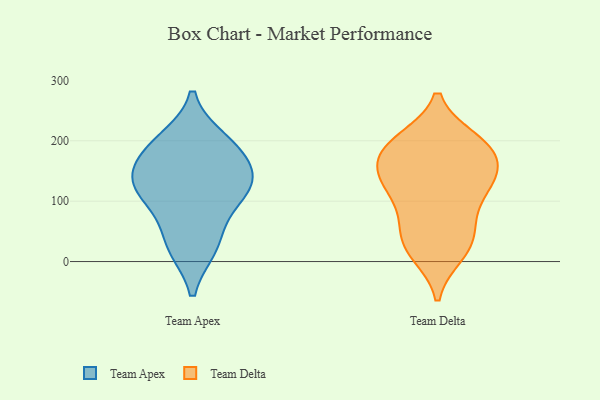
{"axis": {"x": "Website Visitors", "y": "Value"}, "legend": ["Team Apex", "Team Delta"], "data": [{"x": "", "y": 119, "type": "Team Apex"}, {"x": "", "y": 132, "type": "Team Apex"}, {"x": "", "y": 127, "type": "Team Apex"}, {"x": "", "y": 180, "type": "Team Apex"}, {"x": "", "y": 29, "type": "Team Apex"}, {"x": "", "y": 200, "type": "Team Apex"}, {"x": "", "y": 25, "type": "Team Apex"}, {"x": "", "y": 89, "type": "Team Apex"}, {"x": "", "y": 188, "type": "Team Apex"}, {"x": "", "y": 140, "type": "Team Apex"}, {"x": "", "y": 50, "type": "Team Delta"}, {"x": "", "y": 63, "type": "Team Delta"}, {"x": "", "y": 23, "type": "Team Delta"}, {"x": "", "y": 141, "type": "Team Delta"}, {"x": "", "y": 193, "type": "Team Delta"}, {"x": "", "y": 191, "type": "Team Delta"}, {"x": "", "y": 136, "type": "Team Delta"}, {"x": "", "y": 194, "type": "Team Delta"}, {"x": "", "y": 182, "type": "Team Delta"}, {"x": "", "y": 127, "type": "Team Delta"}, {"x": "", "y": 117, "type": "Team Delta"}, {"x": "", "y": 142, "type": "Team Delta"}, {"x": "", "y": 164, "type": "Team Delta"}, {"x": "", "y": 200, "type": "Team Delta"}, {"x": "", "y": 14, "type": "Team Delta"}, {"x": "", "y": 25, "type": "Team Delta"}, {"x": "", "y": 91, "type": "Team Delta"}]}